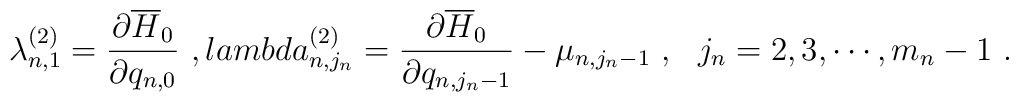
\lambda_{n,1}^{(2)}=\frac{\partial\overline{H}_0}{\partial q_{n,0}}\ ,\ \\lambda_{n,j_n}^{(2)}=\frac{\partial\overline{H}_0}{\partial q_{n,j_n-1}}-\mu_{n,j_n-1}\ ,\ \ j_n=2,3,\cdots,m_n-1\ .